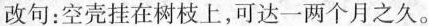
改句：空壳挂在树枝上，可达一两个月之久。